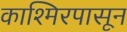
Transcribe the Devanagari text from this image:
काश्मिरपासून